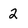
Character: 2